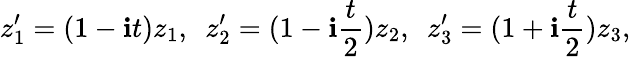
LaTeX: z_{1}^{\prime}=(1-\mathbf{i}t)z_{1},\ \ z_{2}^{\prime}=(1-\mathbf{i}\frac{{t}}{{2}})z_{2},\ \ z_{3}^{\prime}=(1+\mathbf{i}\frac{{t}}{{2}})z_{3},